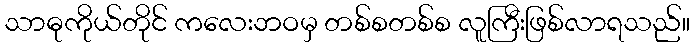
သာဓုကိုယ်တိုင် ကလေးဘဝမှ တစ်စတစ်စ လူကြီးဖြစ်လာရသည်။